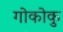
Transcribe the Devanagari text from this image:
गोकोकु